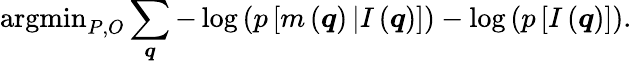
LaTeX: \textrm{argmin}_{P,O}\sum_{\boldsymbol{q}}-\log\left(p\left[m\left(\boldsymbol{q}\right)\left|I\left(\boldsymbol{q}\right)\right.\right]\right)-\log\left(p\left[I\left(\boldsymbol{q}\right)\right]\right).